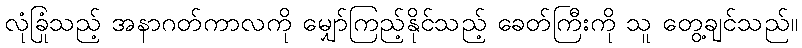
လုံခြုံသည့် အနာဂတ်ကာလကို မျှော်ကြည့်နိုင်သည့် ခေတ်ကြီးကို သူ တွေ့ချင်သည်။